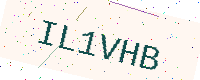
Text: IL1VHB